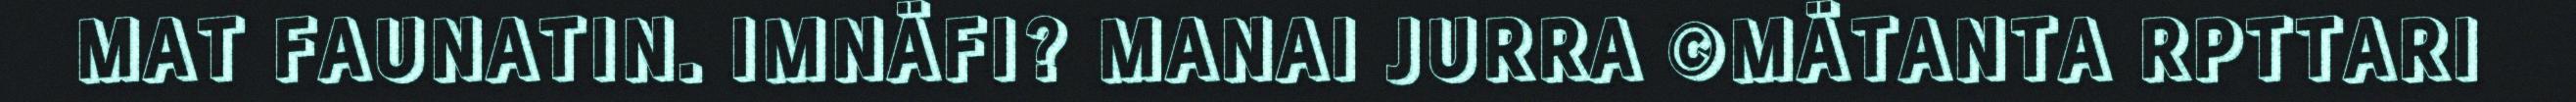
MAT FAUNATIN. IMNÄFI? MANAI JURRA ©MÄTANTA RPTTARI